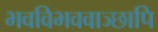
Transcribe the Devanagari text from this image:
भवविभववाञ्छापि